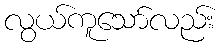
လွယ်ကူသော်လည်း